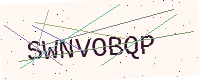
Text: SWNVOBQP